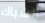
الشباك